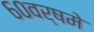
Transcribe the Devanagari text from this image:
६०वर्षमे